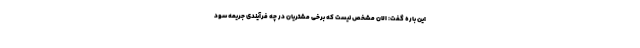
این باره گفت: الان مشخص نیست که برخی مشتریان در چه فرآیندی جریمه سود